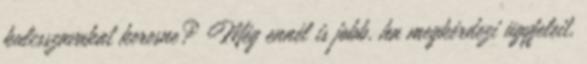
kulcsszavakat keresne? Még ennél is jobb, ha megkérdezi ügyfeleit,